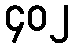
၄၀၂